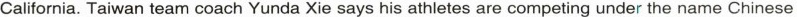
California. Taiwan team coach Yunda Xie says his athletes are competing under the name Chinese